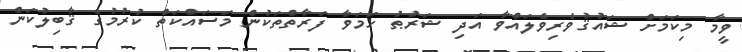
ވީމާ މިކަމަށް ޝައުޤުވެރިވެލައްވާ އަދި ޝަރުޠު ހަމަވާ ފަރާތްތަކުން މަސައްކަތް ކުރުމުގެ ޤާބިލުކަން